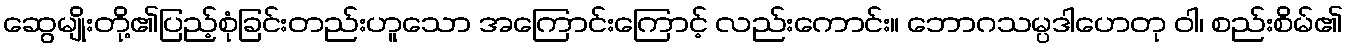
ဆွေမျိုးတို့၏ပြည့်စုံခြင်းတည်းဟူသော အကြောင်းကြောင့် လည်းကောင်း။ ဘောဂသမ္ပဒါဟေတု ဝါ၊ စည်းစိမ်၏